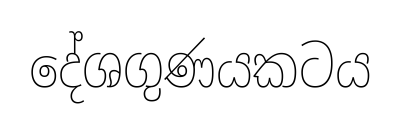
දේශගුණයකටය